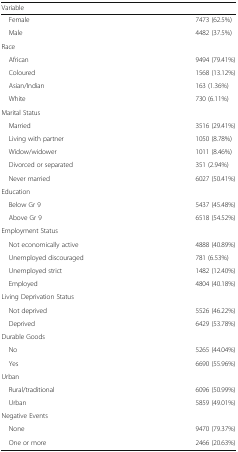
<table><thead><tr><td colspan="2"><b>Variable</b></td></tr></thead><tbody><tr><td> Female</td><td>7473 (62.5%)</td></tr><tr><td> Male</td><td>4482 (37.5%)</td></tr><tr><td colspan="2">Race</td></tr><tr><td> African</td><td>9494 (79.41%)</td></tr><tr><td> Coloured</td><td>1568 (13.12%)</td></tr><tr><td> Asian/Indian</td><td>163 (1.36%)</td></tr><tr><td> White</td><td>730 (6.11%)</td></tr><tr><td colspan="2">Marital Status</td></tr><tr><td> Married</td><td>3516 (29.41%)</td></tr><tr><td> Living with partner</td><td>1050 (8.78%)</td></tr><tr><td> Widow/widower</td><td>1011 (8.46%)</td></tr><tr><td> Divorced or separated</td><td>351 (2.94%)</td></tr><tr><td> Never married</td><td>6027 (50.41%)</td></tr><tr><td colspan="2">Education</td></tr><tr><td> Below Gr 9</td><td>5437 (45.48%)</td></tr><tr><td> Above Gr 9</td><td>6518 (54.52%)</td></tr><tr><td colspan="2">Employment Status</td></tr><tr><td> Not economically active</td><td>4888 (40.89%)</td></tr><tr><td> Unemployed discouraged</td><td>781 (6.53%)</td></tr><tr><td> Unemployed strict</td><td>1482 (12.40%)</td></tr><tr><td> Employed</td><td>4804 (40.18%)</td></tr><tr><td colspan="2">Living Deprivation Status</td></tr><tr><td> Not deprived</td><td>5526 (46.22%)</td></tr><tr><td> Deprived</td><td>6429 (53.78%)</td></tr><tr><td colspan="2">Durable Goods</td></tr><tr><td> No</td><td>5265 (44.04%)</td></tr><tr><td> Yes</td><td>6690 (55.96%)</td></tr><tr><td colspan="2">Urban</td></tr><tr><td> Rural/traditional</td><td>6096 (50.99%)</td></tr><tr><td> Urban</td><td>5859 (49.01%)</td></tr><tr><td colspan="2">Negative Events</td></tr><tr><td> None</td><td>9470 (79.37%)</td></tr><tr><td> One or more</td><td>2466 (20.63%)</td></tr></tbody></table>